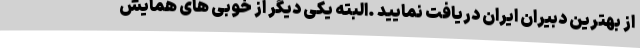
از بهترین دبیران ایران دریافت نمایید .البته یکی دیگر از خوبی های همایش